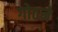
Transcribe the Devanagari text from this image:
गोठने